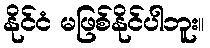
နိုင်ငံ မဖြစ်နိုင်ပါဘူး။